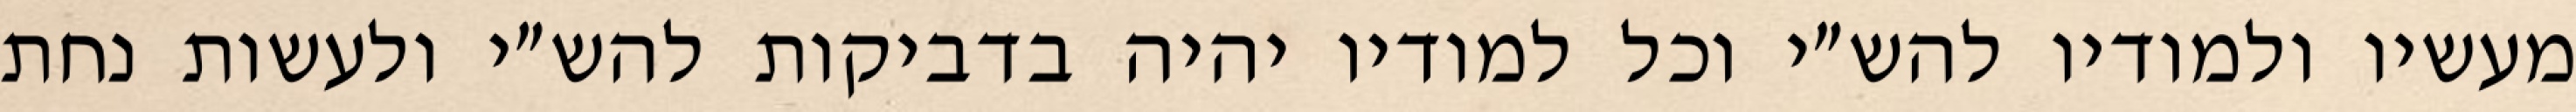
מעשיו ולמודיו להש״י וכל למודיו יהיה בדביקות להש״י ולעשות נחת